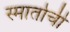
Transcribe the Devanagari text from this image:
स्मार्ताची